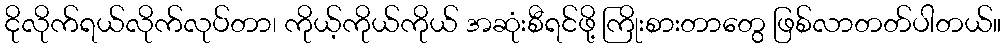
ငိုလိုက်ရယ်လိုက်လုပ်တာ၊ ကိုယ့်ကိုယ်ကိုယ် အဆုံးစီရင်ဖို့ ကြိုးစားတာတွေ ဖြစ်လာတတ်ပါတယ်။